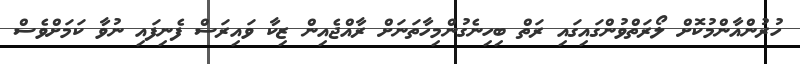
ހުރުންއާންމުކޮށް ލޯރަތްވުންގައިގައި ރަތް ބިހިނެގުންމިހާތަނަށް ރާއްޖެއިން ޒިކާ ވައިރަސް ފެނިފައި ނުވާ ކަމަށްވެސް